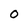
Character: 0